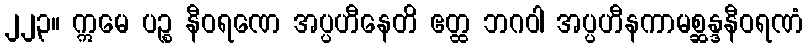
၂၂၃။ ဣမေ ပဉ္စ နီဝရဏေ အပ္ပဟီနေတိ ဧတ္ထ ဘဂဝါ အပ္ပဟီနကာမစ္ဆန္ဒနီဝရဏံ